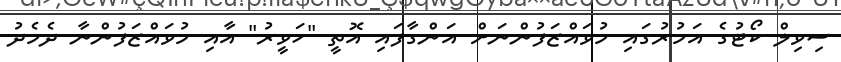
ސިވިލް ކޯޓުގެ އަމުރުގައި މުވައްޒަފުންނަށް އަންގާފައި އޮތީ "ހަވީރު" އާއި މުވައްޒަފުންނާ ދެމެދު